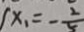
( x _ { 1 } ) = - \frac { 2 } { 5 }